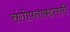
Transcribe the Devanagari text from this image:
संगोपनाबद्दलची